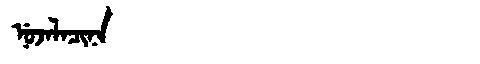
Manchu: ᠨᡠᠵᠠᠯᠠᠴᡳᠨᠠ
Romanization: NUJALACINA